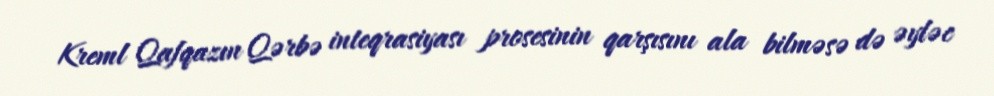
Kreml Qafqazın Qərbə inteqrasiyası prosesinin qarşısını ala bilməsə də əyləc